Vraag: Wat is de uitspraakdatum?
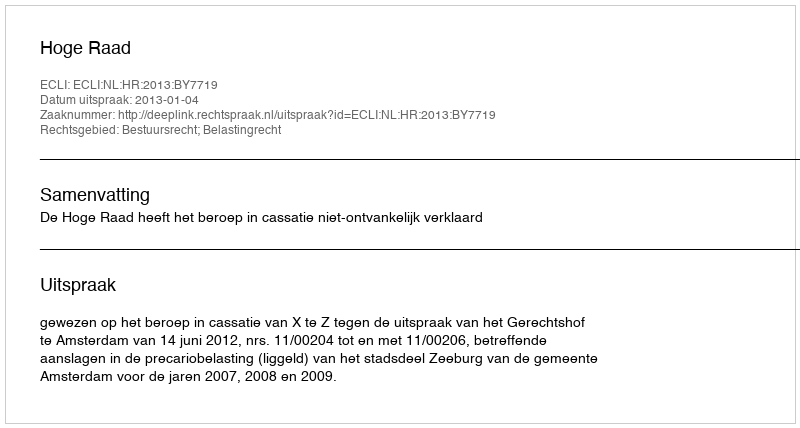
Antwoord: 2013-01-04